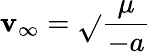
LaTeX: \mathbf{v}_{\infty}={\sqrt{}{{\frac{{\mu}}{{-a}}}}}\,